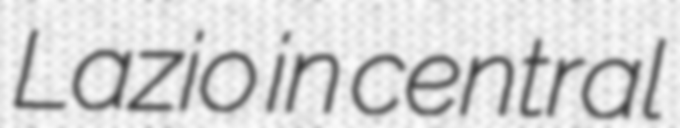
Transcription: Lazio in central